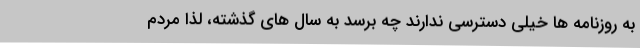
به روزنامه ها خیلی دسترسی ندارند چه برسد به سال های گذشته، لذا مردم